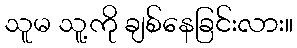
သူမ သူ့ကို ချစ်နေခြင်းလား။